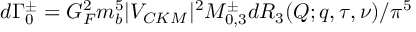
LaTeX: d { \Gamma } _ { 0 } ^ { \pm } = G _ { F } ^ { 2 } m _ { b } ^ { 5 } | V _ { C K M } | ^ { 2 } { \cal M } _ { 0 , 3 } ^ { \pm } d { \cal R } _ { 3 } ( Q ; q , \tau , \nu ) / { \pi } ^ { 5 }